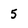
Character: 5